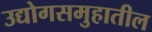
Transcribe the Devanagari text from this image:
उद्योगसमुहातील